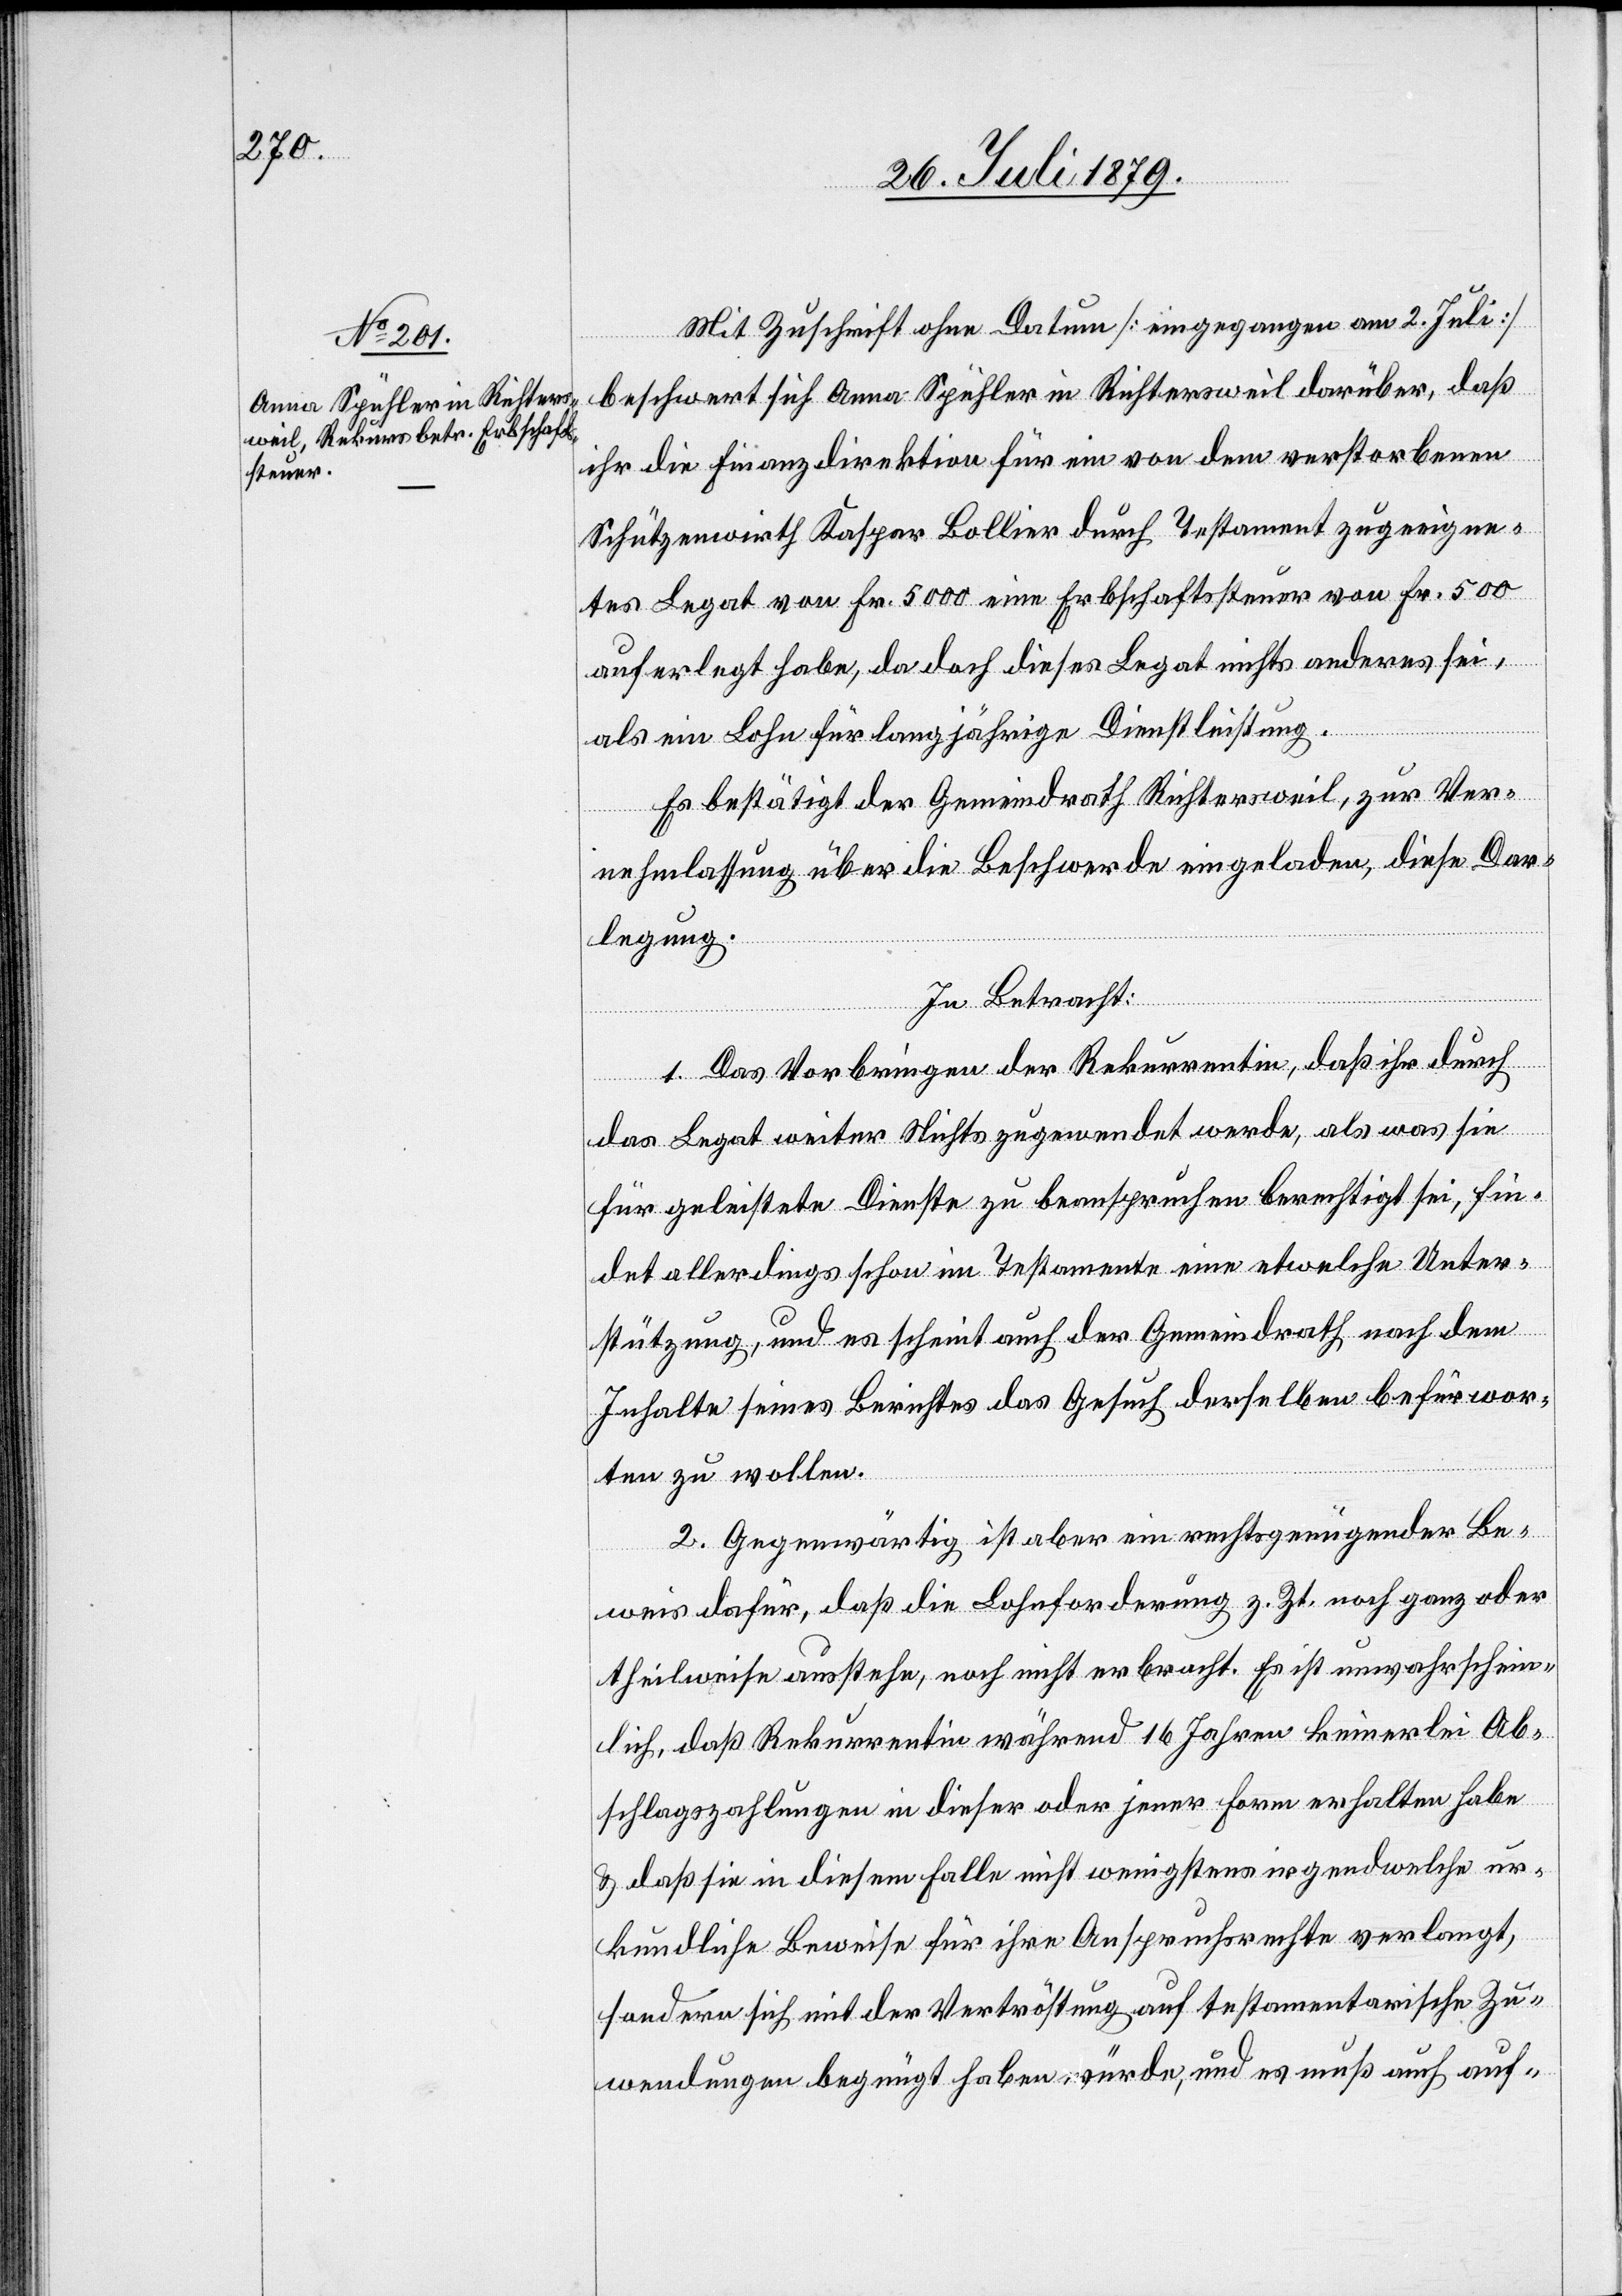
Mit Zuschrift ohne Datum [eingegangen am 2. Juli]
beschwert sich Anna Spühler in Richtersweil darüber, daß
ihr die Finanzdirektion für ein von dem verstorbenen
Schützenwirth Kaspar Bollier durch Testament zugeeigne¬
tes Legat von Fr. 5000 eine Erbschaftssteuer von Fr. 500
auferlegt habe, da doch dieses Legat nichts anderes sei,
als ein Lohn für langjährige Dienstleistung.
Es bestätigt der Gemeindrath Richtersweil, zur Ver¬
nehmlassung über die Beschwerde eingeladen, diese Dar¬
legung.
In Betracht:
1. Das Vorbringen der Rekurrentin, daß ihr durch
das Legat weiter Nichts zugewendet werde, als was sie
für geleistete Dienste zu beanspruchen berechtigt sei, fin¬
det allerdings schon im Testamente eine etwelche Unter¬
stützung, und es scheint auch der Gemeindrath nach dem
Inhalte seines Berichtes das Gesuch desselben befürwor¬
ten zu wollen.
2. Gegenwärtig ist aber ein rechtsgenügender Be¬
weis dafür, daß die Lohnforderung z. Zt. noch ganz oder
theilweise ausstehe, noch nicht erbracht. Es ist unwahrschein¬
lich, daß Rekurrentin während 16 Jahren keinerlei Ab¬
schlagszahlungen in dieser oder jener Form erhalten habe
& das sie in diesem Falle nicht wenigstens irgendwelche ur¬
kundliche Beweise für ihre Anspruchsrechte verlangt,
sondern sich mit der Vertröstung auf testamentarische Zu¬
wendungen begnügt haben würde, und es muß auch auf-